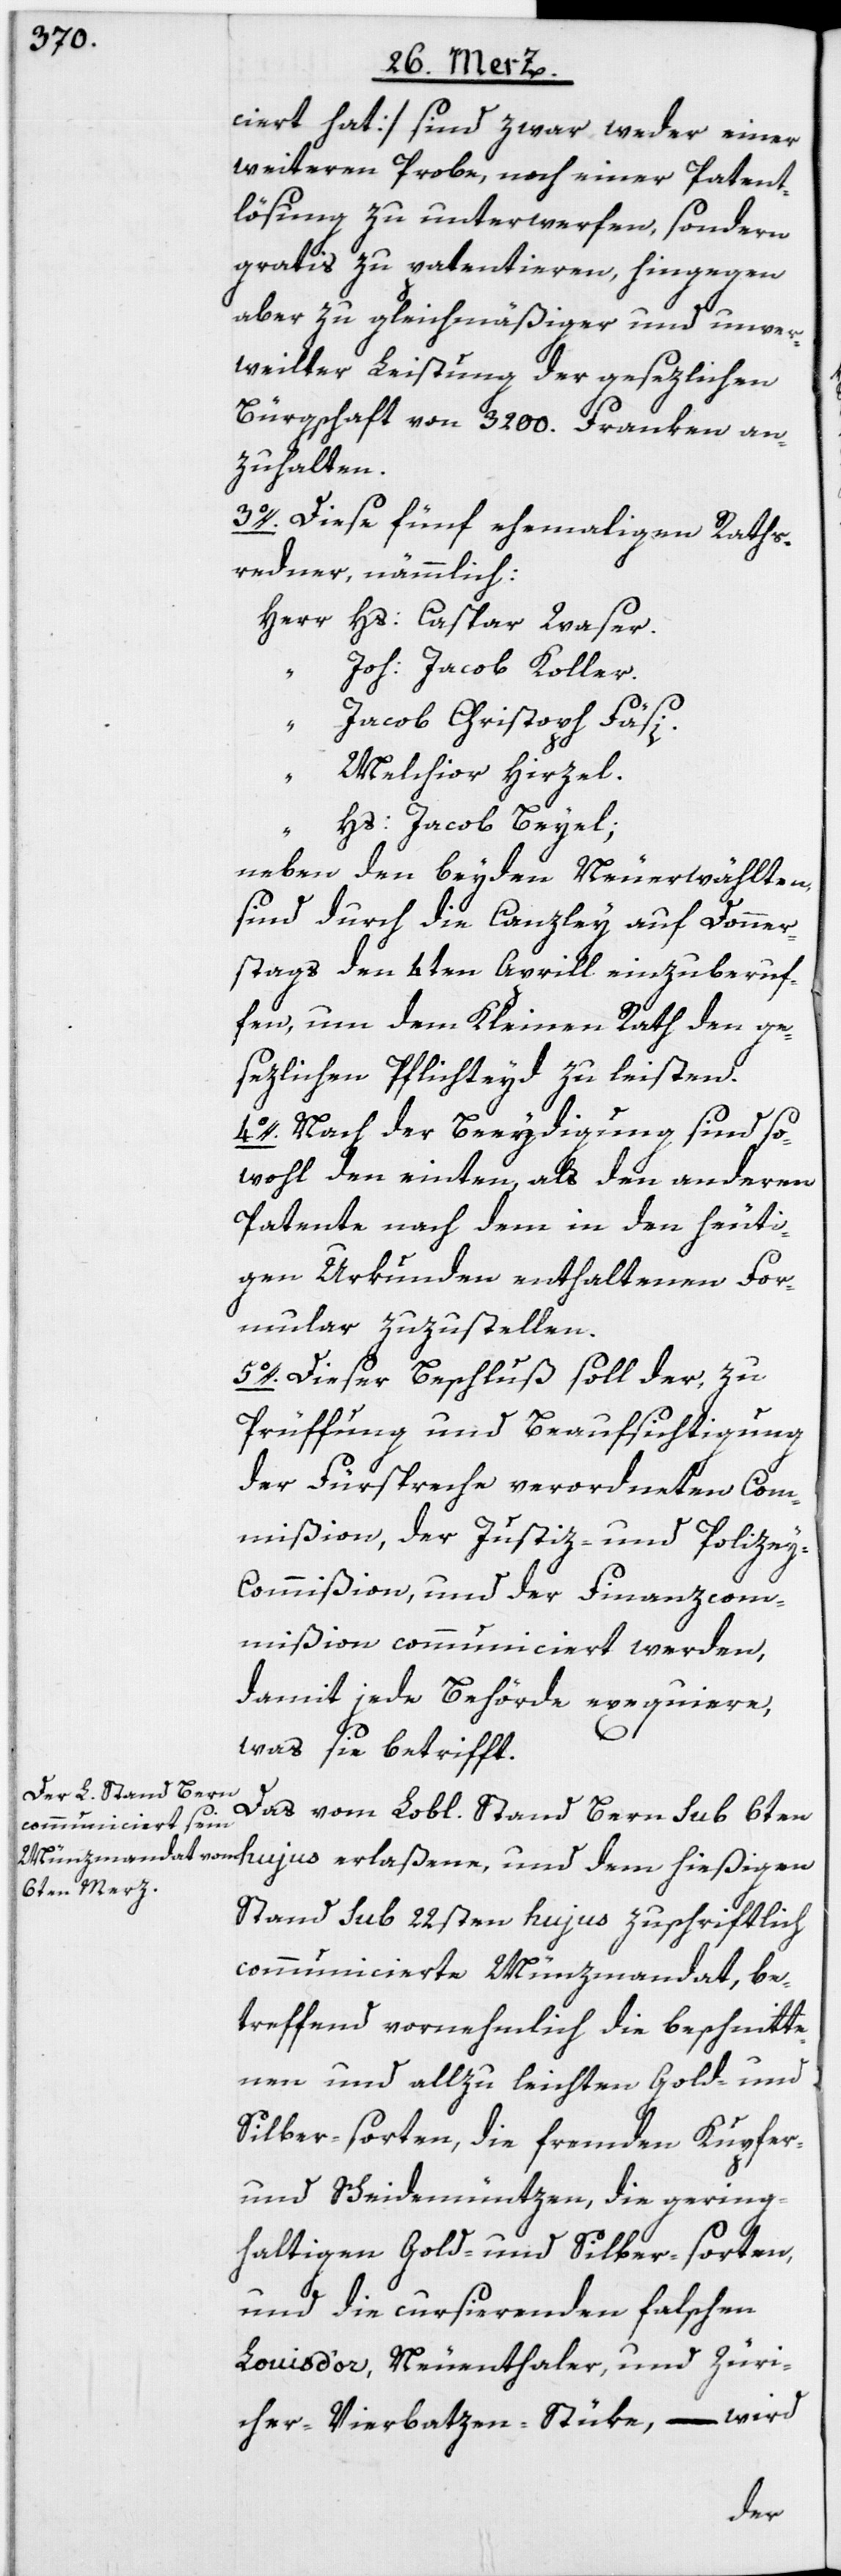
ciert hat] sind zwar weder einer
weiteren Probe, noch einer Patent¬
lösung zu unterwerfen, sondern
gratis zu patentieren, hingegen
aber zu gleichmäßiger und unver¬
weilter Leistung der gesezlichen
Bürgschaft von 3200. Franken an¬
zuhalten.
3o. Diese fünf ehemaligen Raths¬
redner, nämmlich:
Herr Hs: Caspar Waser.
Joh: Jacob Koller.
“ Jacob Christoph Fäsi.
“
Melchior Hirzel.
“
Hs: Jacob Beyel;
neben den beyden Neuerwählten,
sind durch die Canzley auf Donner¬
stags den 4ten Aprill einzuberuf¬
en, um dem Kleinen Rath den ge¬
sezlichen Pflichteyd zu leisten.
4o. Nach der Beeydigung sind so¬
wohl den einten, als den anderen
Patente nach dem in den heuti¬
gen Urkunden enthaltenen For¬
mular zuzustellen.
5o. Dieser Beschluß soll der, zu
Prüffung und Beaufsichtigung
der Fürspreche verordneten Com¬
mißion, der Justiz- und Polize¬
y-Commißion, und der Finanzcom¬
mißion communiciert werden,
damit jede Behörde exequiere,
was sie betrifft.
Das vom Lobl. Stand Bern sub 6ten
Stand sub 22sten hujus zuschriftlich
communicierte Münzmandat, be¬
treffend vornehmlich die beschnitte¬
nen und allzu leichten Gold- und
Silber-sorten, die fremden Kupfer-
und Scheidemüntzen, die gering¬
haltigen Gold- und Silber-sorten,
und die cursierenden falschen
Louis d’or, Neuenthaler, und Züri¬
cher-Vierbatzen-Stüke, – wird
dem